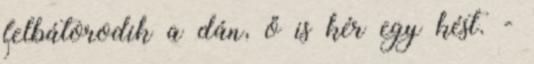
felbátorodik a dán, ő is kér egy kést. -